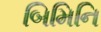
બિમિનિ